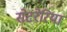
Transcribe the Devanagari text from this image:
सेटरेरिया